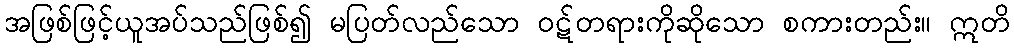
အဖြစ်ဖြင့်ယူအပ်သည်ဖြစ်၍ မပြတ်လည်သော ဝဋ်တရားကိုဆိုသော စကားတည်း။ ဣတိ